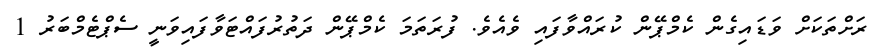
ރަށްތަކަށް ވަޑައިގެން ކެމްޕޭން ކުރައްވާފައި ވެއެވެ. ފުރަތަމަ ކެމްޕޭން ދަތުރުފައްޓަވާފައިވަނީ ސެޕްޓެމްބަރު 1